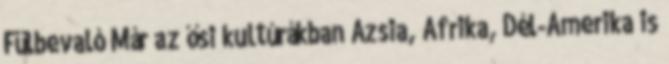
Fülbevaló Már az ősi kultúrákban Ázsia, Afrika, Dél-Amerika is